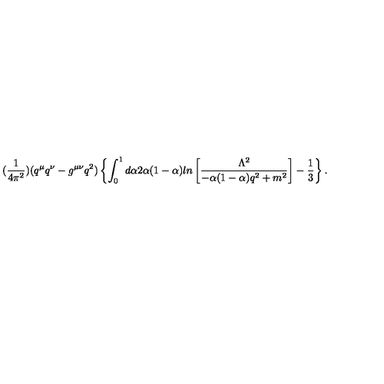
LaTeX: ( \frac { 1 } { 4 \pi ^ { 2 } } ) ( q ^ { \mu } q ^ { \nu } - g ^ { \mu \nu } q ^ { 2 } ) \left\{ \int _ { 0 } ^ { 1 } d \alpha 2 \alpha ( 1 - \alpha ) l n \left[ \frac { \Lambda ^ { 2 } } { - \alpha ( 1 - \alpha ) q ^ { 2 } + m ^ { 2 } } \right] - \frac { 1 } { 3 } \right\} .